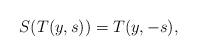
LaTeX: \begin{align*}S(T(y,s))=T(y,-s),\end{align*}